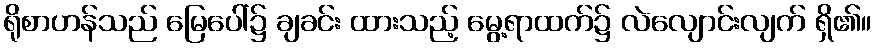
ရိုစာဟန်သည် မြေပေါ်၌ ချခင်း ထားသည့် မွေ့ရာထက်၌ လဲလျောင်းလျက် ရှိ၏။